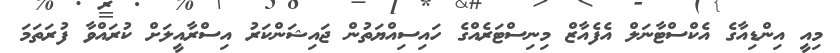
މިއީ އިންޑިއާގެ އެކްސްޓާނަލް އެފެއާޒް މިނިސްޓަރެއްގެ ހައިސިއްޔަތުން ޖައިޝަންކަރު އިސްރާއީލަށް ކުރައްވާ ފުރަތަމަ